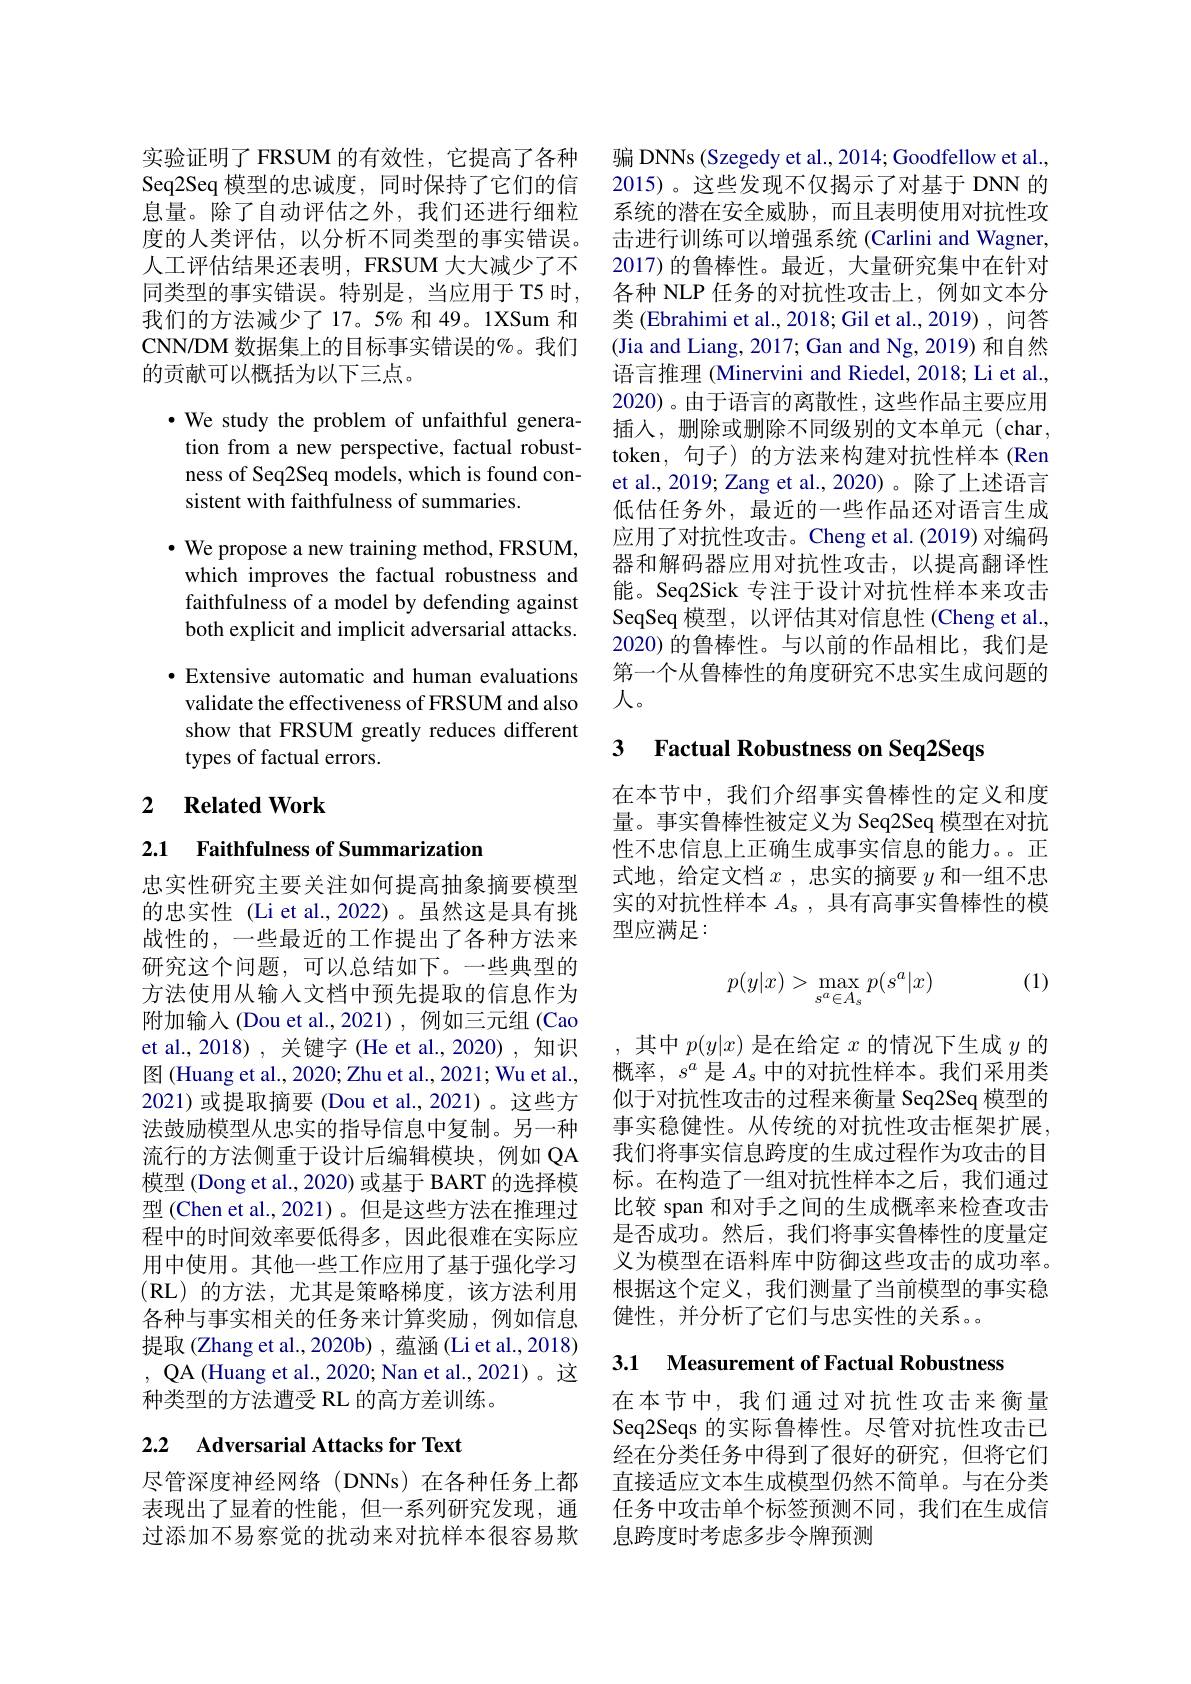
实验证明了 FRSUM 的有效性，它提高了各种 骗 DNNs(Szegedy et al., 2014; Goodfellow et al., Seq2Seq 模型的忠诚度，同时保持了它们的信 2015)。这些发现不仅揭示了对基于 DNN 的息量。除了自动评估之外，我们还进行细粒 系统的潜在安全威胁，而且表明使用对抗性攻度的人类评估，以分析不同类型的事实错误。击进行训练可以增强系统 (Carlini and Wagner, 人工评估结果还表明，FRSUM 大大减少了不同类型的事实错误。特别是，当应用于 T5 时， 我们的方法减少了 17。5% 和 49。1XSum 和CNN/DM 数据集上的目标事实错误的%。我们的贡献可以概括为以下三点。

$\bullet$ We study the problem of unfaithful generation from a new perspective, factual robustness of Seq2Seq models, which is found consistent with faithfulness of summaries.
$\bullet$ We propose a new training method, FRSUM,
which improves the factual robustness and faithfulness of a model by defending against both explicit and implicit adversarial attacks. $\bullet$ Extensive automatic and human evaluations validate the effectiveness of FRSUM and also show that FRSUM greatly reduces different types of factual errors.

## 2 $\textbf{Related Work}$

2.1 Faithfulness of Summarization

忠实性研究主要关注如何提高抽象摘要模型的忠实性(Li et al.,2022)。虽然这是具有挑战性的，一些最近的工作提出了各种方法来研究这个问题，可以总结如下。一些典型的方法使用从输人文档中预先提取的信息作为附加输入(Dou et al.,2021),例如三元组(Cao et al., 2018), 关键字 (He et al., 2020), 知识图 (Huang et al., 2020; Zhu et al., 2021; Wu et al., 2021)或提取摘要 (Dou et al.,2021)。这些方法鼓励模型从忠实的指导信息中复制。另一种流行的方法侧重于设计后编辑模块，例如 QA 模型 (Dong et al., 2020) 或基于 BART 的选择模型 (Chen et al.,2021)。但是这些方法在推理过程中的时间效率要低得多，因此很难在实际应用中使用。其他一些工作应用了基于强化学习(RL)的方法，尤其是策略梯度，该方法利用各种与事实相关的任务来计算奖励，例如信息提取 (Zhang et al.,2020b) , 蕴涵 (Li et al.,2018) , QA (Huang et al., 2020; Nan et al., 2021)。这种类型的方法遭受 RL 的高方差训练。

# 2.2 Adversarial Attacks for Text

2017)的鲁棒性。最近，大量研究集中在针对各种 NLP 任务的对抗性攻击上，例如文本分类 (Ebrahimi et al., 2018; Gil et al., 2019) , 问答(Jia and Liang, 2017; Gan and Ng, 2019) 和自然语言推理 (Minervini and Riedel, 2018; Li et al. 2020)。由于语言的离散性，这些作品主要应用插人，删除或删除不同级别的文本单元(char, token, 句子) 的方法来构建对抗性样本 (Ren et al., 2019; Zang et al., 2020)。除了上述语言低估任务外，最近的一些作品还对语言生成应用了对抗性攻击。Cheng et al.(2019) 对编码器和解码器应用对抗性攻击，以提高翻译性能。Seq2Sick 专注于设计对抗性样本来攻击SeqSeq 模型，以评估其对信息性 (Cheng et al., 2020) 的鲁棒性。与以前的作品相比，我们是第一个从鲁棒性的角度研究不忠实生成问题的人。

# 3 Factual Robustness on Seq2Seqs

在本节中，我们介绍事实鲁棒性的定义和度量。事实鲁棒性被定义为 Seq2Seq 模型在对抗性不忠信息上正确生成事实信息的能力。。正式地，给定文档$x$ ,忠实的摘要$y$和一组不忠实的对抗性样本$A_s$,具有高事实鲁棒性的模型应满足：

(1)
$$p(y|x)>\max_{s^a\in A_s}p(s^a|x)$$
,其中$p(y|x)$是在给定$x$的情况下生成$y$的概率，$s^a$是$A_s$中的对抗性样本。我们采用类似于对抗性攻击的过程来衡量 Seq2Seq 模型的事实稳健性。从传统的对抗性攻击框架扩展。我们将事实信息跨度的生成过程作为攻击的目标。在构造了一组对抗性样本之后，我们通过比较 span 和对手之间的生成概率来检查攻击是否成功。然后，我们将事实鲁棒性的度量定义为模型在语料库中防御这些攻击的成功率。根据这个定义，我们测量了当前模型的事实稳健性，并分析了它们与忠实性的关系。

3.1 Measurement of Factual Robustness

在本节中，我们通过对抗性攻击来衡量Seq2Seqs 的实际鲁棒性。尽管对抗性攻击已经在分类任务中得到了很好的研究，但将它们
尽管深度神经网络(DNNs)在各种任务上都 直接适应文本生成模型仍然不简单。与在分类表现出了显着的性能，但一系列研究发现，通 任务中攻击单个标签预测不同，我们在生成信过添加不易察觉的扰动来对抗样本很容易欺 息跨度时考虑多步令牌预测